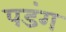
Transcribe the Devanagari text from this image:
पडंग